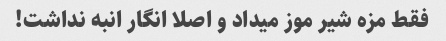
فقط مزه شیر موز میداد و اصلا انگار انبه نداشت!